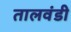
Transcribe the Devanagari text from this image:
तालवंडी